Annual report of the Punjab Veterinary College and of the Civil Veterinary Department, Punjab - 1894-1908
Year: 1894
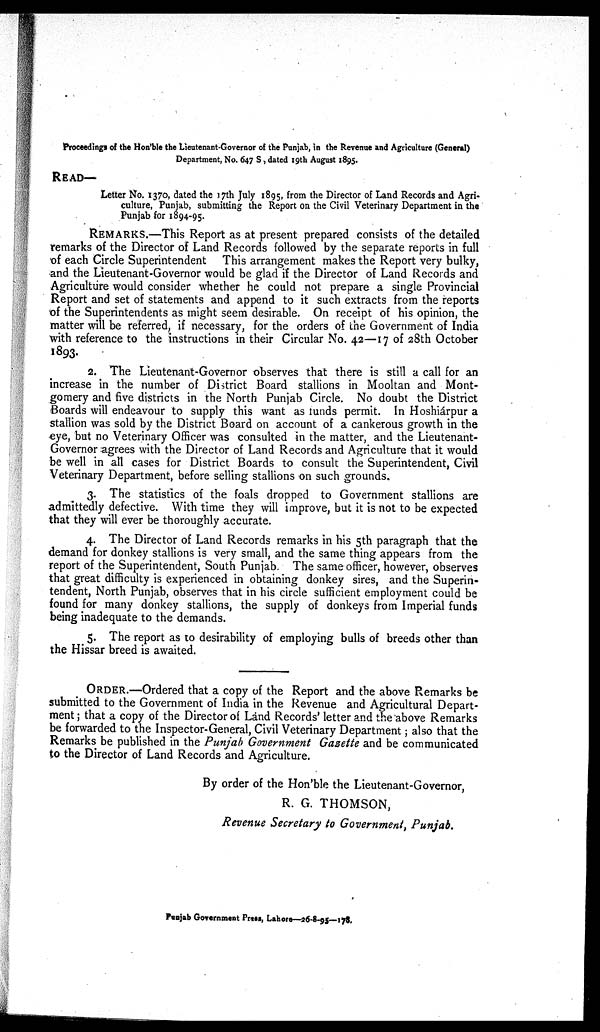
Proceedings of the Hon'ble the Lieutenant-Governor of the Punjab, in the Revenue and Agriculture (General)
Department, No. 647 S, dated 19th August 1895.
READ—
Letter No. 1370, dated the 17th July 1895, from the Director of Land Records and Agri-
culture, Punjab, submitting the Report on the Civil Veterinary Department in the
Punjab for 1894-95.
REMARKS.—This Report as at present prepared consists of the detailed
remarks of the Director of Land Records followed by the separate reports in full
of each Circle Superintendent This arrangement makes the Report very bulky,
and the Lieutenant-Governor would be glad if the Director of Land Records and
Agriculture would consider whether he could not prepare a single Provincial
Report and set of statements and append to it such extracts from the reports
of the Superintendents as might seem desirable. On receipt of his opinion, the
matter will be referred, if necessary, for the orders of the Government of India
with reference to the instructions in their Circular No. 42—17 of 28th October
1893.
2. The Lieutenant-Governor observes that there is still a call for an
increase in the number of District Board stallions in Mooltan and Mont-
gomery and five districts in the North Punjab Circle. No doubt the District
Boards will endeavour to supply this want as funds permit. In Hoshiárpur a
stallion was sold by the District Board on account of a cankerous growth in the
eye, but no Veterinary Officer was consulted in the matter, and the Lieutenant-
Governor agrees with the Director of Land Records and Agriculture that it would
be well in all cases for District Boards to consult the Superintendent, Civil
Veterinary Department, before selling stallions on such grounds.
3. The statistics of the foals dropped to Government stallions are
admittedly defective. With time they will improve, but it is not to be expected
that they will ever be thoroughly accurate.
4. The Director of Land Records remarks in his 5th paragraph that the
demand for donkey stallions is very small, and the same thing appears from the
report of the Superintendent, South Punjab. The same officer, however, observes
that great difficulty is experienced in obtaining donkey sires, and the Superin-
tendent, North Punjab, observes that in his circle sufficient employment could be
found for many donkey stallions, the supply of donkeys from Imperial funds
being inadequate to the demands.
5. The report as to desirability of employing bulls of breeds other than
the Hissar breed is awaited.
ORDER.—Ordered that a copy of the Report and the above Remarks be
submitted to the Government of India in the Revenue and Agricultural Depart-
ment; that a copy of the Director of Land Records' letter and the above Remarks
be forwarded to the Inspector-General, Civil Veterinary Department; also that the
Remarks be published in the Punjab Government Gazette and be communicated
to the Director of Land Records and Agriculture.
By order of the Hon'ble the Lieutenant-Governor,
R. G. THOMSON,
Revenue Secretary to Government, Punjab.
Punjab Government Press, Lahore—26-8-95—178.